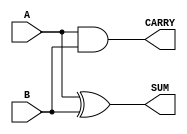
module HalfAdder #(parameter WIDTH = 1) (
    input  wire [WIDTH-1:0] A,   // Input A
    input  wire [WIDTH-1:0] B,   // Input B
    output wire [WIDTH-1:0] SUM,  // Sum output
    output wire [WIDTH-1:0] CARRY // Carry output
);

    // Calculate the sum using bitwise XOR operation
    assign SUM = A ^ B;

    // Calculate the carry using bitwise AND operation
    assign CARRY = A & B;

endmodule